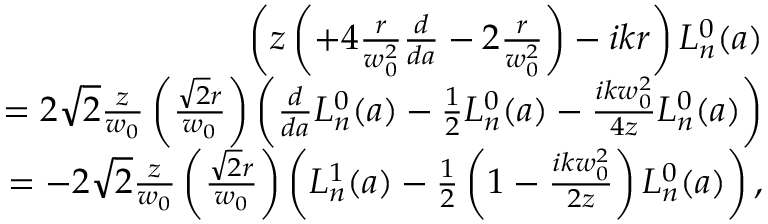
\begin{array} { r l r } & { } & { \left( z \left( + 4 \frac { r } { w _ { 0 } ^ { 2 } } \frac { d } { d a } - 2 \frac { r } { w _ { 0 } ^ { 2 } } \right) - i k r \right) L _ { n } ^ { 0 } ( a ) } \\ & { } & { = 2 \sqrt { 2 } \frac { z } { w _ { 0 } } \left( \frac { \sqrt { 2 } r } { w _ { 0 } } \right) \left( \frac { d } { d a } L _ { n } ^ { 0 } ( a ) - \frac { 1 } { 2 } L _ { n } ^ { 0 } ( a ) - \frac { i k w _ { 0 } ^ { 2 } } { 4 z } L _ { n } ^ { 0 } ( a ) \right) } \\ & { } & { = - 2 \sqrt { 2 } \frac { z } { w _ { 0 } } \left( \frac { \sqrt { 2 } r } { w _ { 0 } } \right) \left( L _ { n } ^ { 1 } ( a ) - \frac { 1 } { 2 } \left( 1 - \frac { i k w _ { 0 } ^ { 2 } } { 2 z } \right) L _ { n } ^ { 0 } ( a ) \right) , } \end{array}